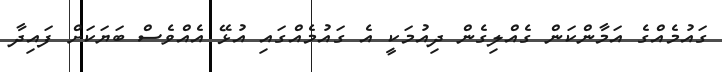
ގައުމެއްގެ އަމާންކަން ގެއްލިގެން ދިއުމަކީ އެ ގައުމެއްގައި އުޅޭ އެއްވެސް ބަޔަކަށް ފައިދާ